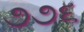
૭૭૬